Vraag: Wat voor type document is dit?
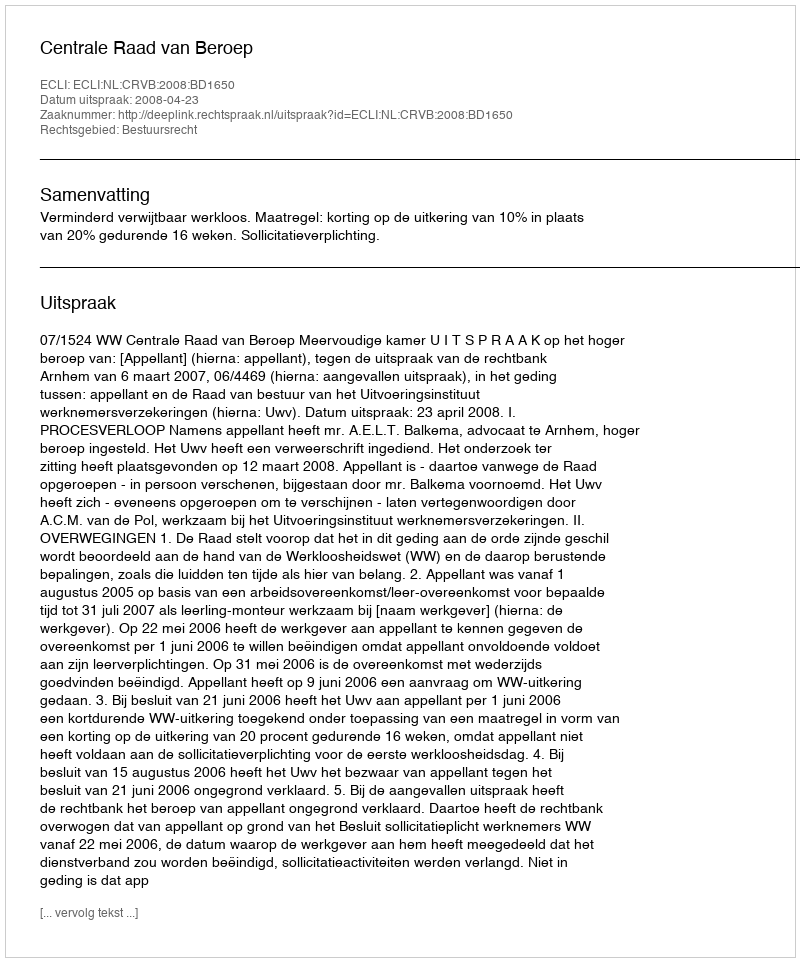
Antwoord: Uitspraak